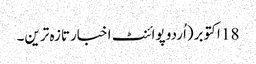
18 اکتوبر(اُردو پوائنٹ اخبارتازہ ترین۔